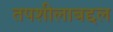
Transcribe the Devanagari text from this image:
तपशीलाबद्दल